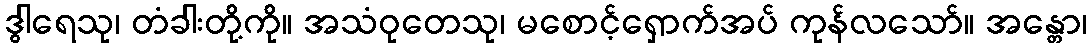
ဒွါရေသု၊ တံခါးတို့ကို။ အသံဝုတေသု၊ မစောင့်ရှောက်အပ် ကုန်လသော်။ အန္တော၊